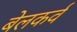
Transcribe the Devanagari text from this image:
बेलकर्व